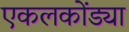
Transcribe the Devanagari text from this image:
एकलकोंड्या